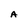
Character: A